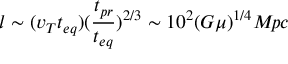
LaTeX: l \sim ( v _ { T } t _ { e q } ) ( \frac { t _ { p r } } { t _ { e q } } ) ^ { 2 / 3 } \sim 1 0 ^ { 2 } ( G \mu ) ^ { 1 / 4 } M \! p c